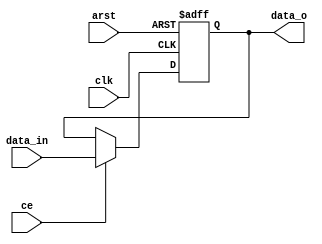
`timescale 1ns/1ps

//"PSTAGE" is the number of stages in the pipeline. When "PSTAGE<=0", no pipeline is added.
//"DATA_WIDTH" is the width of the data port.

module pipeline_propagation_core
				(
				 clk,
				 ce,
				 arst,
				 data_in,
				 data_o
				);
input clk,ce,arst;
parameter DATA_WIDTH=32;
input [DATA_WIDTH-1:0] data_in;
output [DATA_WIDTH-1:0] data_o;
parameter PSTAGE=1;

genvar i;
generate 

if(PSTAGE<=0) begin: NO_PIPELINE
	assign data_o=data_in;	
end else begin: WITH_PIPELINE
	reg [DATA_WIDTH-1:0] preg [0:PSTAGE-1];
	always@(posedge clk or posedge arst) begin: FIRST_PIPELINE
		if(arst)
			preg[0]<=0;
		else begin 
			if(ce)
				preg[0]<=data_in;
		end
	end	
	for(i=1;i<PSTAGE;i=i+1) begin: OTHER_PIPELINES
		always@(posedge clk or posedge arst) begin
			if(arst)
				preg[i]<=0;
			else begin
				if(ce)
					preg[i]<=preg[i-1];
			end
		end
	end
	assign data_o=preg[PSTAGE-1];
end

endgenerate

endmodule